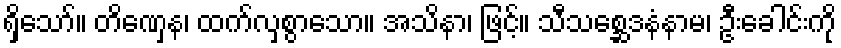
ရှိသော်။ တိဏှေန၊ ထက်လှစွာသော။ အသိနာ၊ ဖြင့်။ သီသစ္ဆေဒနံနာမ၊ ဦးခေါင်းကို